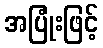
အပြုံးဖြင့်